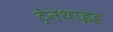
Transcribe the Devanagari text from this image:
ट्रेनथाइड